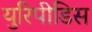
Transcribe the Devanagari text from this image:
युरिपीडिस